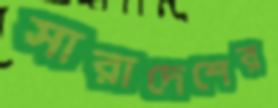
সারাদেশের